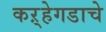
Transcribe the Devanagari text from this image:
कऱ्हेगडाचे